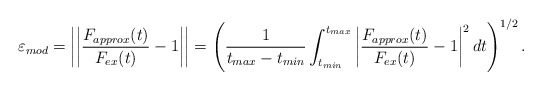
\begin{align*} \varepsilon_{mod} = \left|\left| \frac{F_{approx}(t)}{F_{ex}(t)} - 1 \right|\right| = \left( \frac{1}{t_{max}-t_{min}}\int_{t_{min}}^{t_{max}}\left| \frac{F_{approx}(t)}{F_{ex}(t)} - 1 \right|^2dt\right)^{1/2}. \end{align*}